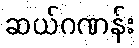
ဆယ်ဂဏန်း